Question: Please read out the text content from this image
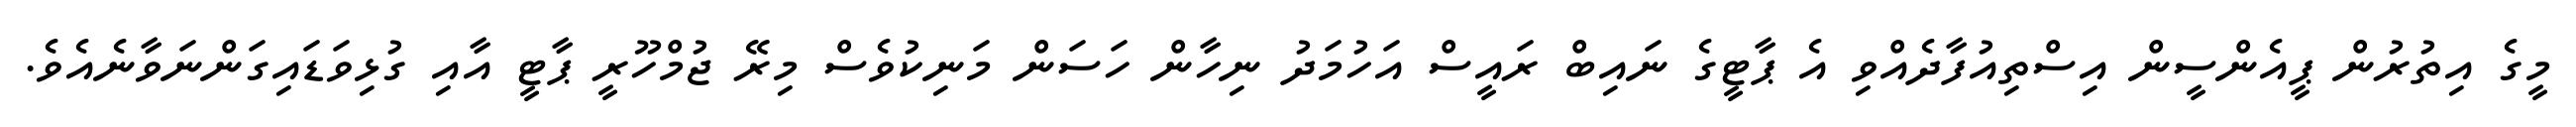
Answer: މީގެ އިތުރުން ޕީއެންސީން އިސްތިއުފާދެއްވި އެ ޕާޓީގެ ނައިބް ރައީސް އަހުމަދު ނިހާން ހަސަން މަނިކުވެސް މިރޭ ޖުމްހޫރީ ޕާޓީ އާއި ގުޅިވަޑައިގަންނަވާނެއެވެ.